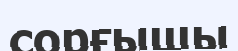
сорғышы